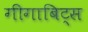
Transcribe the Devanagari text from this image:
गीगाबिट्स